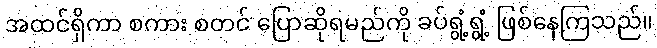
အထင်ရှိကာ စကား စတင် ပြောဆိုရမည်ကို ခပ်ရွံ့ရွံ့ ဖြစ်နေကြသည်။